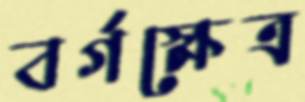
বর্গক্ষেত্র